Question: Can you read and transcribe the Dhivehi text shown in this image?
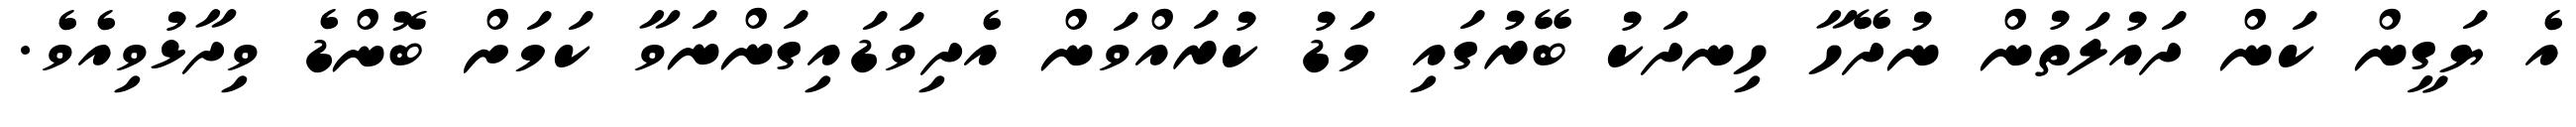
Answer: އެ ޔަގީން ކަން ދައުލަތުން ނުދޭހާ ހިނދަކު ބޭރުގައި މަޑު ކުރައްވަން އެދިވަޑައިގަންނަވާ ކަމަށް ބޮންޑެ ވިދާޅުވިއެވެ.